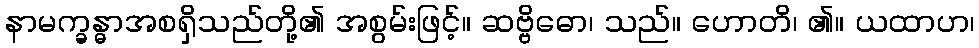
နာမက္ခန္ဓာအစရှိသည်တို့၏ အစွမ်းဖြင့်။ ဆဗ္ဗိဓော၊ သည်။ ဟောတိ၊ ၏။ ယထာဟ၊